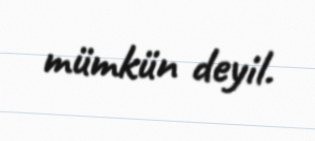
mümkün deyil.